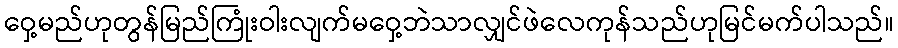
ဝှေ့မည်ဟုတွန်မြည်ကြုံးဝါးလျက်မဝှေ့ဘဲသာလျှင်ဖဲလေကုန်သည်ဟုမြင်မက်ပါသည်။